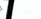
الإسعافات